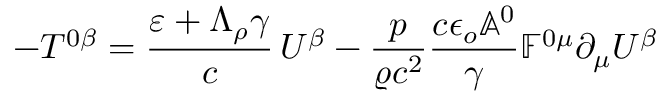
- T ^ { 0 \beta } = \frac { \varepsilon + \Lambda _ { \rho } \gamma } { c } \, U ^ { \beta } - \frac { p } { \varrho c ^ { 2 } } \frac { c \epsilon _ { o } \mathbb { A } ^ { 0 } } { \gamma } \mathbb { F } ^ { 0 \mu } \partial _ { \mu } U ^ { \beta }